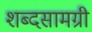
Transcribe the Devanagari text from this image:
शब्दसामग्री